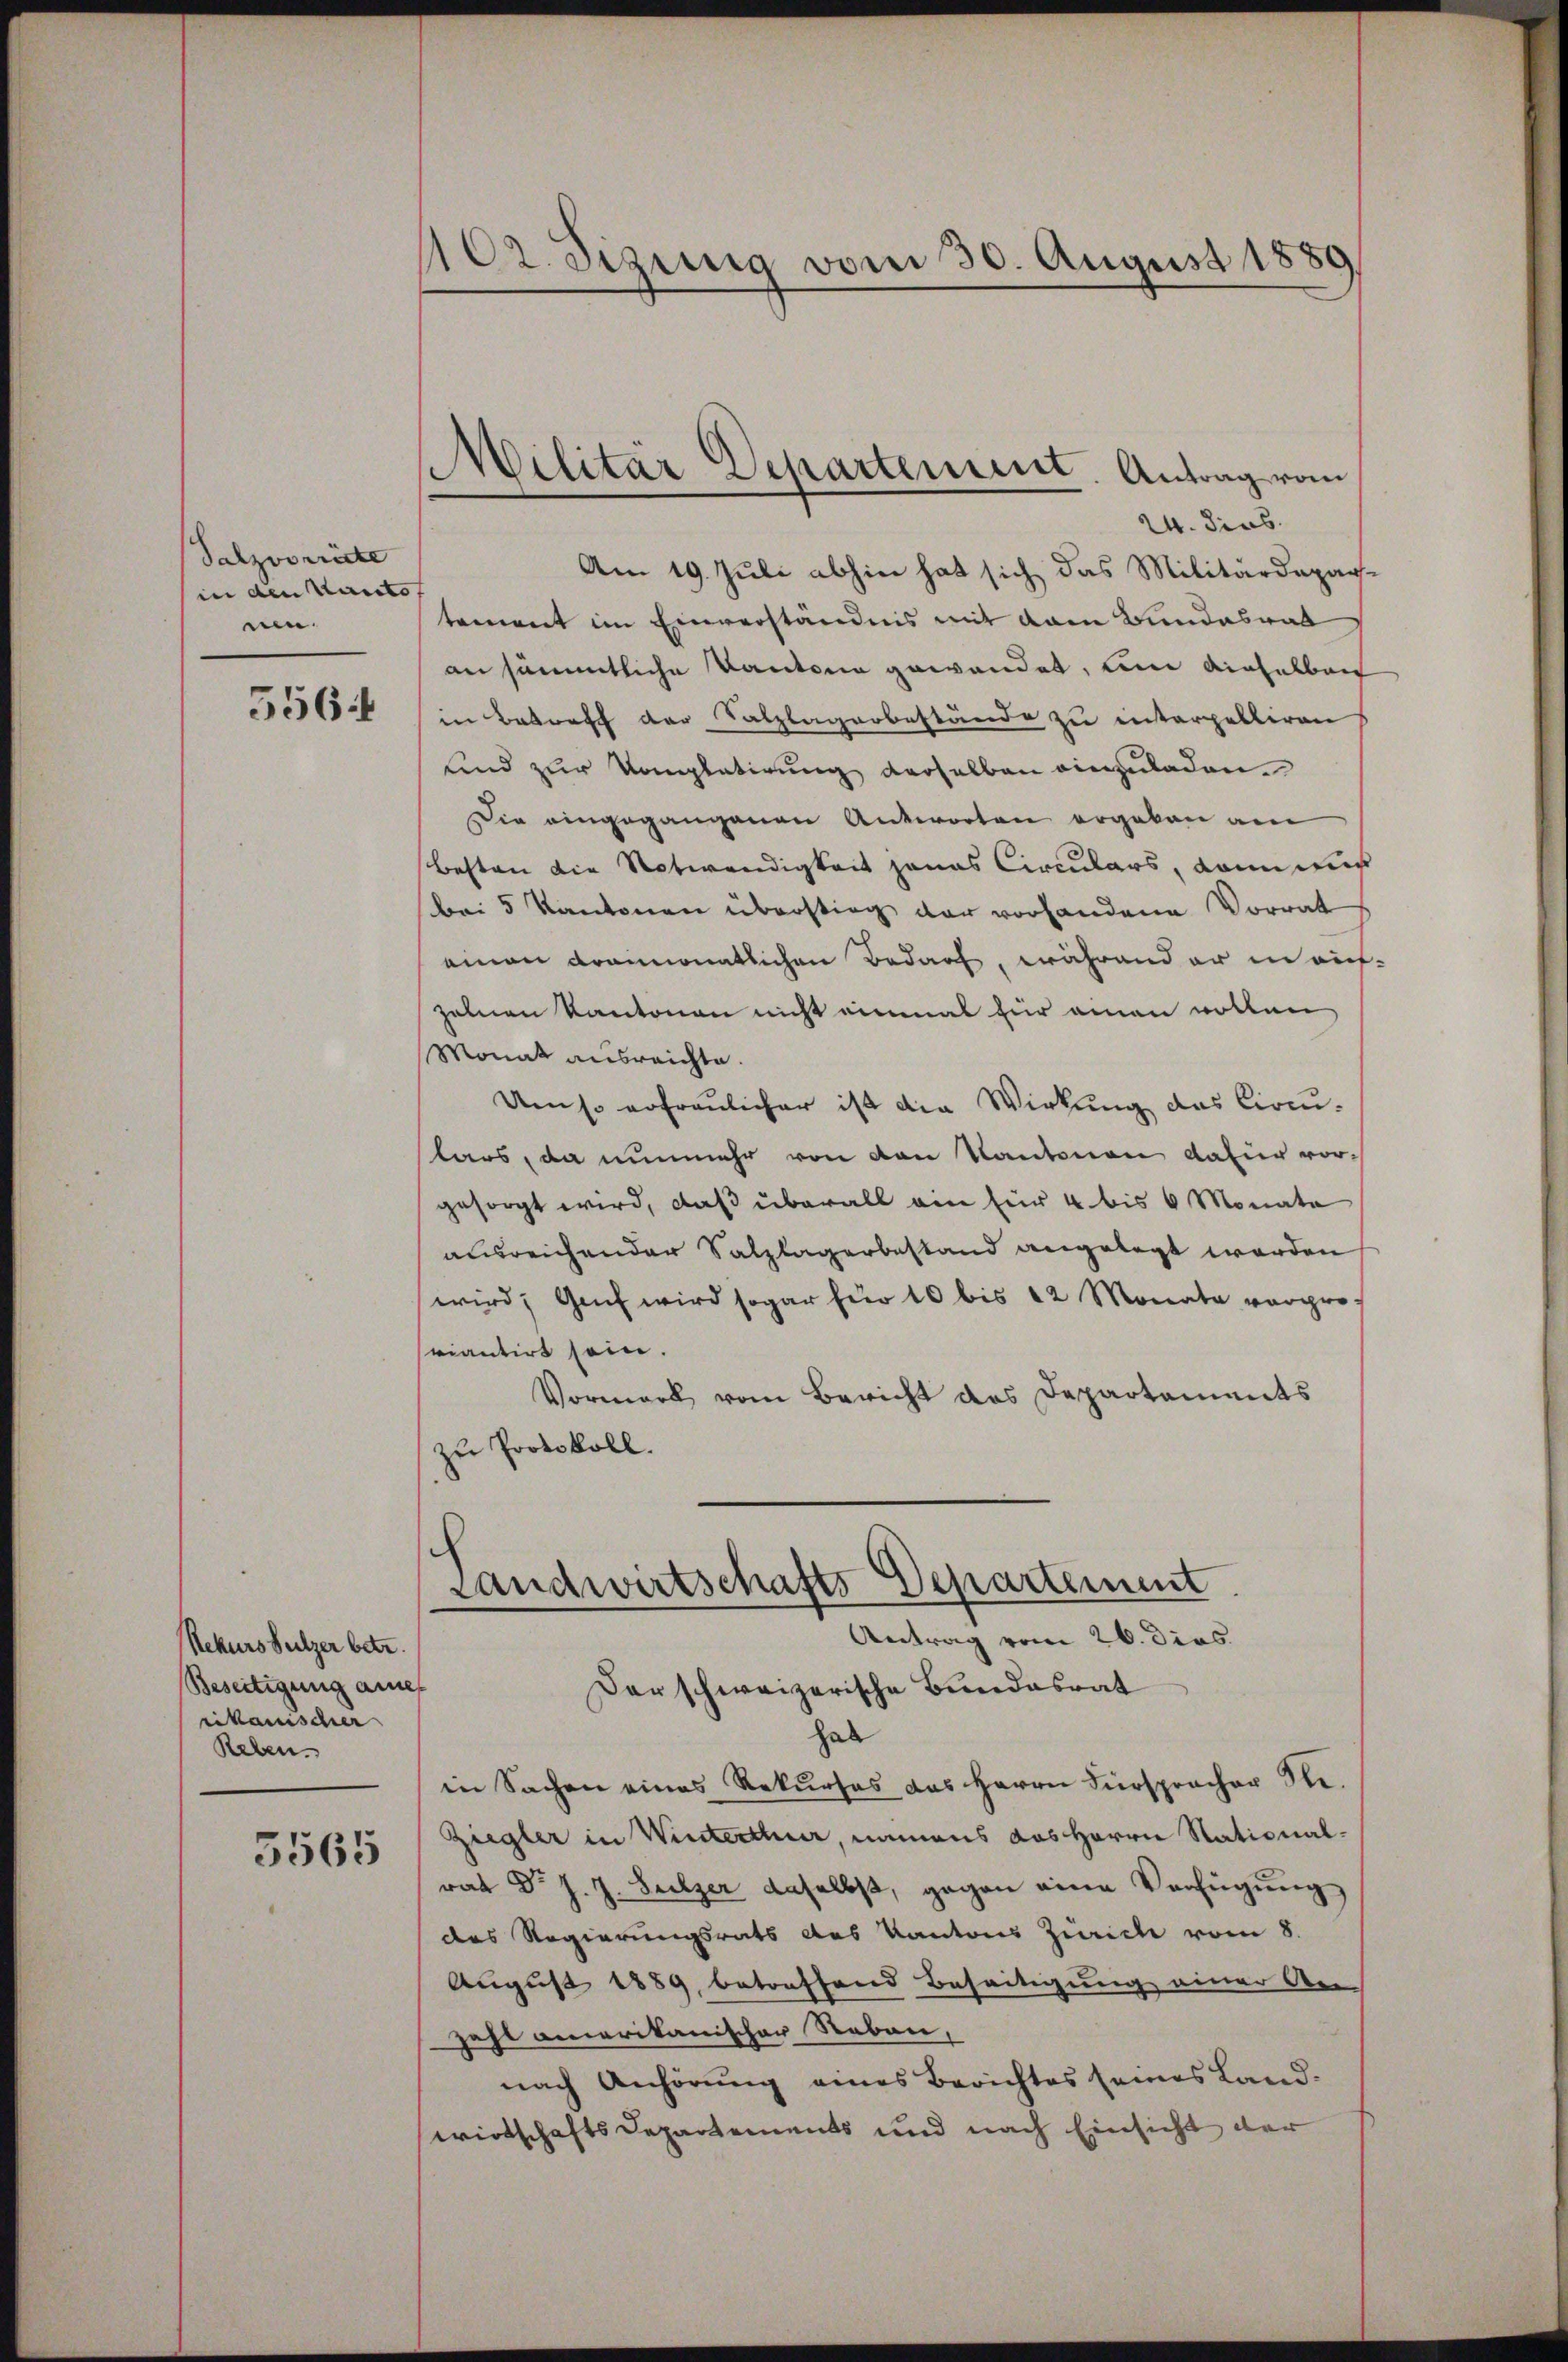
Salzvorräte
in den Kanto
nen.

556

Rekurs Sulzer betr.
Beseitigung ane
rikanischer
Reben.
3565

102. Sizung vom 30. August 1880

Militär Departement. Antrag vom
24. dies

Am 19. Juli abhin hat sich das Militärdepartement im Einverständnis mit dem Bundesrat
an sämmtliche Kantone gewandet, um dieselben
in Betreff der Salzlagerbestände zu interpelliren
und zur Kompletirung derselben einzuladen.
Die eingegangenen Antworten ergeben am
besten die Notwendigkeit jenas Circulars, dann auch
bei 5 Kantonen überstieg der vorhandene Vorrat
einen grammonatlichen Bedarf, während er in auch
zelnen Kantonen nicht einmal für einen wolten,
Monat ausreichte.
Umso erfreulicher ist die Wirkung das Circulars, da nunmehr von von Kantonen dafür vor-
gesorgt wird, daß überall ein für 4 bis 6 Monate
ausreichender Salzlagerbestand angelegt werden
wird; Genf wird sogar für 10 bis 12 Monate verpro-
sriantirt sein.
Vormerk vom Bericht das Departements
zu Protokoll.
ch
Landwirtschafts Departement
Antrag vom 26. dies
Der schweizerische Bundesrat
hab
in Sachen eines Rekurses das Herrn Fürspracher Re¬
Ziegler in Winterthur, namens das Herrn Stationalrat Dr. J. J. Sulzer daselbst, gegen eine Verfügung
des Regierungsrats des Kantons Zürich vom 8.
August 1889, betreffend Beseitigung einer An-
Zahl amerikanischer Reben,
nach Anhörung eines Berichtes seines Land-
wirtschafts Departements und nach Einsicht der